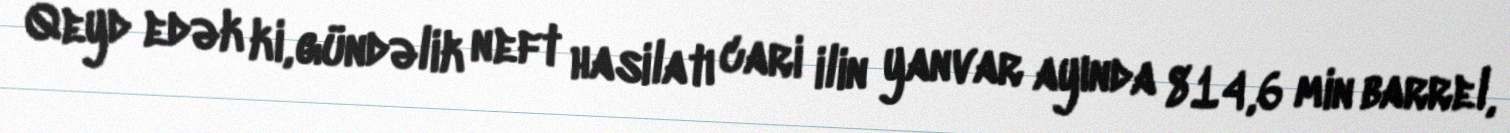
Qeyd edək ki, gündəlik neft hasilatı cari ilin yanvar ayında 814,6 min barrel,